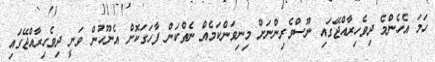
ހަމަ އެހެންމެ ދިވެހިރާއްޖޭގައި ނޫސްވެރިންނަށް މިނިވަންކަމެއް ނެތްކަން ފާހަގަކޮށް އެނޫހުން ވަނީ ދިވެހިރާއްޖޭގައި